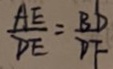
\frac { A E } { D E } = \frac { B D } { D F }